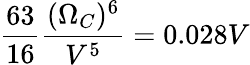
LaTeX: \frac{63}{16}\frac{(\Omega_{C})^{6}}{V^{5}}=0.028V